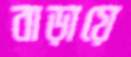
বাড়ায়ে